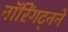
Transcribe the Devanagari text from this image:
नॉरिंगट्नने